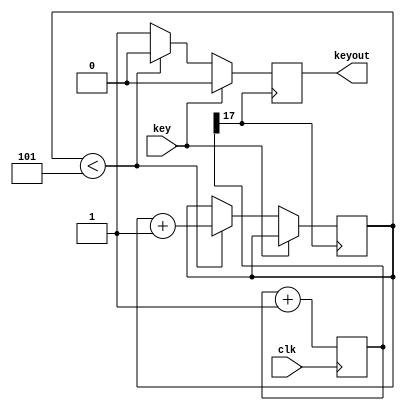
module debonce(
	input clk,
	input key,
	output reg keyout
);

reg [25:1] div;
reg [3:0] count;

always @ (posedge clk) begin
	div = div + 1'b1;
end

always @ (posedge div[18]) begin
	if(key == 1'b0) begin
		if(count <4'b101) begin
			count <= count+1'b1;
			keyout <= 1'b0;
		end else
			keyout <= 1'b1;
	end else
		keyout <= 1'b0;
end
	
endmodule